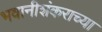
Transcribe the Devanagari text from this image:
भवानीशंकराच्या